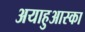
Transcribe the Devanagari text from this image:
अयाहुआस्का